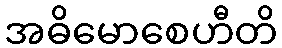
အဓိမောစေဟီတိ